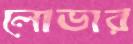
লোভার